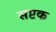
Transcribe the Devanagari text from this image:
सप्टक